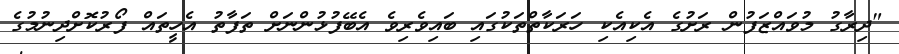
"ދިރާގު މުވައްޒަފުން ރަށުގެ އެކިއެކި ހަރަކާތްތަކުގައި ބައިވެރިވެ އެބޭފުޅުންނަށް ތަފާތު އެހީތައް ފޯރުކޮށްދިނުމުގެ